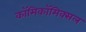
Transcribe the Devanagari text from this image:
काॅमिकॉमिक्सल